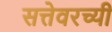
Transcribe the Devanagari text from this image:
सत्तेवरच्यी